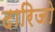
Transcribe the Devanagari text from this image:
दारिजो